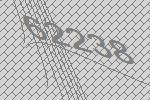
62238